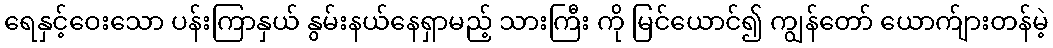
ရေနှင့်ဝေးသော ပန်းကြာနှယ် နွမ်းနယ်နေရှာမည့် သားကြီး ကို မြင်ယောင်၍ ကျွန်တော် ယောက်ျားတန်မဲ့